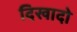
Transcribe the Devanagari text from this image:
दिखादो